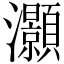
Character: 灝